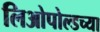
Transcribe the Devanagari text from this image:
लिओपोल्डच्या